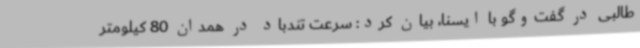
طالبی در گفت‌وگو با ایسنا، بیان کرد: سرعت تندباد در همدان 80 کیلومتر